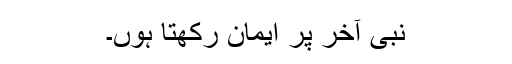
نبی آخر پر ایمان رکھتا ہوں۔